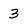
Character: 3